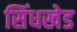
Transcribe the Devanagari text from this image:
सिंधखेड